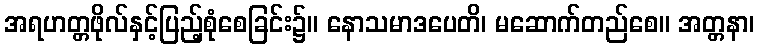
အရဟတ္တဖိုလ်နှင့်ပြည့်စုံစေခြင်း၌။ နောသမာဒပေတိ၊ မဆောက်တည်စေ။ အတ္တနာ၊